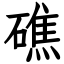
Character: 礁